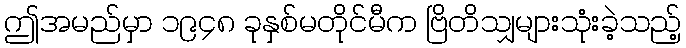
ဤအမည်မှာ ၁၉၄၈ ခုနှစ်မတိုင်မီက ဗြိတိသျှများသုံးခဲ့သည့်